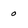
Character: 0